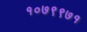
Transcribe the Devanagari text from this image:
१०७९९७१